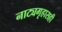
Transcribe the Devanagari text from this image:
नाट्यगृहासही